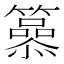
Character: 𥶟